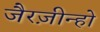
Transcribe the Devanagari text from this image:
जैरज़ीन्हो